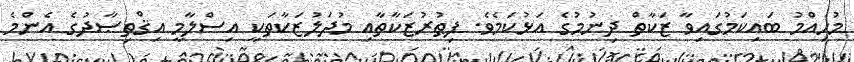
މުހިއްމު ބައިކަމުގައިވާ ޒަކާތް ދިނުމުގެ އަޅުކަމެވެ. ފިޠުރުޒަކާތާއި މުދަލުޒަކާތަކީ އިސްލާމީ އިޤްތިޞާދުގެ އެންމެ